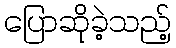
ပြောဆိုခဲ့သည့်